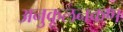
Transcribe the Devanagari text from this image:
अनुकूलनकण